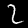
Label: 2